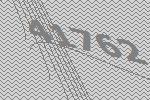
41762